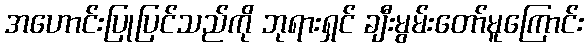
အဟောင်းပြုပြင်သည်ကို ဘုရားရှင် ချီးမွမ်းတော်မူကြောင်း